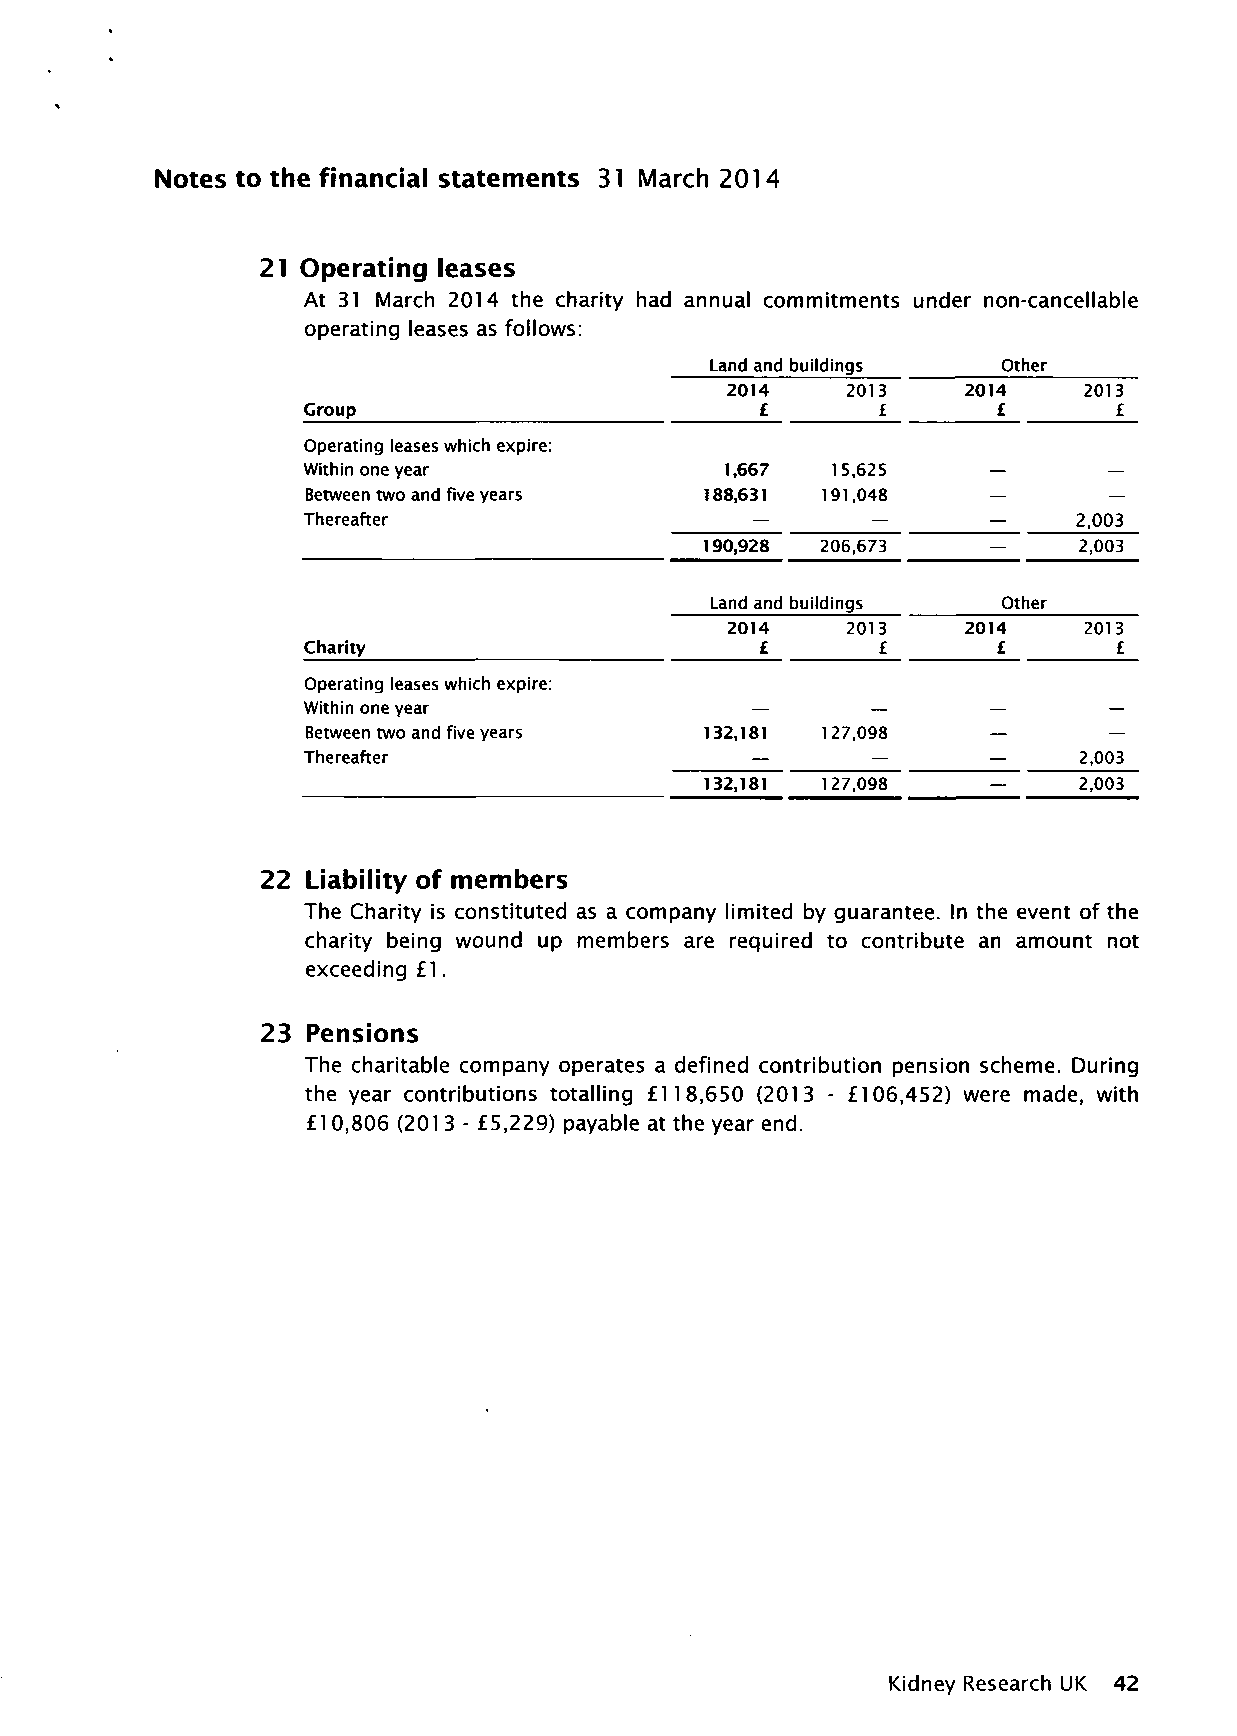
Notes to the financial statements 31 March 2014
 21 Operating leases
 At 31 March 2014 the charity had annual commitments under non-cancellable
 operating leases as follows:
 Land and buildings Other
 2014    2013    2014   2013
 Group                         £       £       £       £
 Operating leases which expire:
 Within one year             1,667  15,625     —      —
 Between two and five years 188,631 191,048   —       —
 Thereafter                    —       —      —     2,003
 190,928 206,673    —     2,003
 Land and buildings Other
 2014    2013    2014    2013
 Charity                       £       £       £       £
 Operating leases which expire:
 Within one year
 Between two and five years 132,181 127,098
 Thereafter                                         2,003
 132,181 127,098         2,003
 22 Liability of members
 The Charity is constituted as a company limited by guarantee. In the event of the
 charity being wound up members are required to contribute an amount not
 exceeding £1.
 23 Pensions
 The charitable company operates a defined contribution pension scheme. During
 the year contributions totalling £118,650 (2013 - £106,452) were made, with
 £1 0,806 (201 3 - £5,229) payable at the year end.
 Kidney Research UK 42